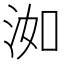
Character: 洳